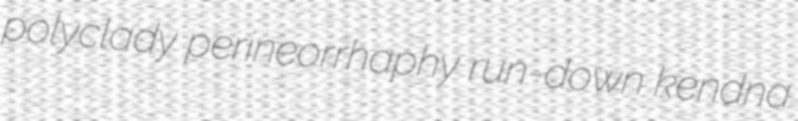
polyclady perineorrhaphy run-down kendna